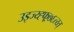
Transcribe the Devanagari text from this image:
उइज्य्ह्फ्र्७६त्य्त्